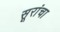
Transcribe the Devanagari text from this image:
सूरांचा